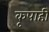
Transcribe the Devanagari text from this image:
कृपाही